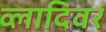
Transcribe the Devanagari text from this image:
व्लादिवर